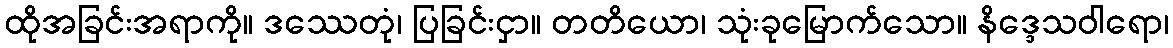
ထိုအခြင်းအရာကို။ ဒဿေတုံ၊ ပြခြင်းငှာ။ တတိယော၊ သုံးခုမြောက်သော။ နိဒ္ဒေသဝါရော၊